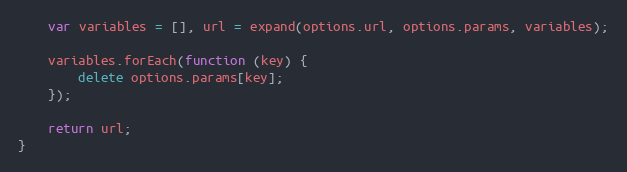
Language: JavaScript
    var variables = [], url = expand(options.url, options.params, variables);

    variables.forEach(function (key) {
        delete options.params[key];
    });

    return url;
}